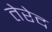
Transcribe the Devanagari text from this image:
तेरेद